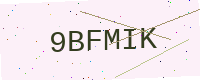
Text: 9BFMIK